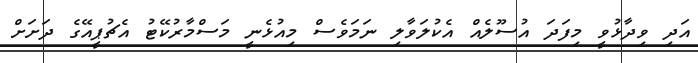
އަދި ވިދާޅުވީ މިފަދަ އުސޫލެއް އެކުލަވާލި ނަމަވެސް މިއުޅެނީ މަސްމާރުކޭޓު އެޗުޕީއޭގެ ދަށަށް